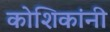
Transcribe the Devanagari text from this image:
कोशिकांनी